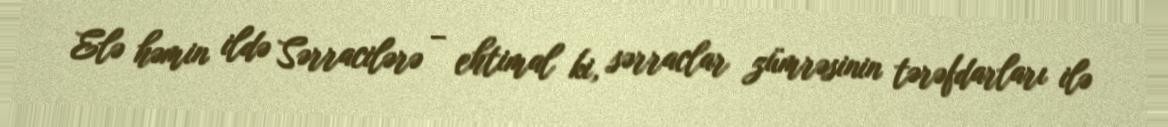
Elə həmin ildə Sərracilərə – ehtimal ki, sərraclar zümrəsinin tərəfdarları ilə